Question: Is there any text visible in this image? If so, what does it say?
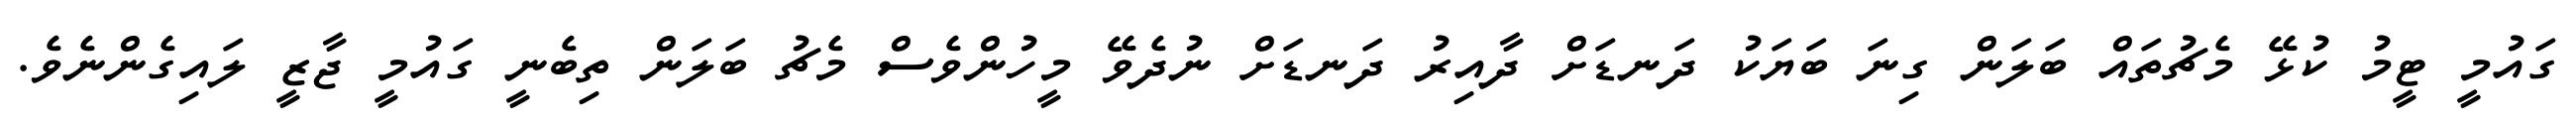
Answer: ގައުމީ ޓީމު ކުޅޭ މެޗުތައް ބަލަން ގިނަ ބަޔަކު ދަނޑަށް ދާއިރު ދަނޑަށް ނުދެވޭ މީހުންވެސް މެޗު ބަލަން ތިބެނީ ގައުމީ ޖާޒީ ލައިގެންނެވެ.